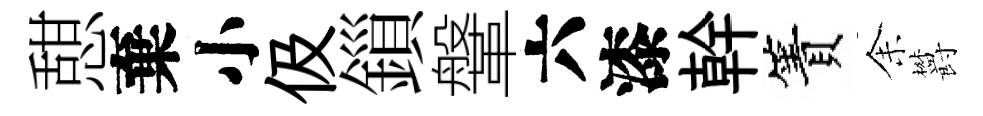
憇棄小伋鎻鞶六漆幹簀𪜬欝